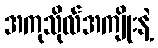
အကုသိုလ်အကျိုးနဲ့